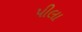
પીલા